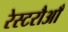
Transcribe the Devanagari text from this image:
रेस्टरौआँ